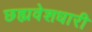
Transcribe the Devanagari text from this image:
छह्मवेशधारी